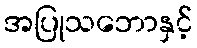
အပြုသဘောနှင့်